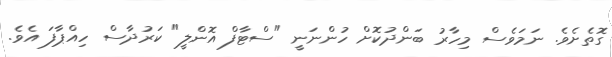
ގޮތެށެވެ. ނަމަވެސް މިހާރު ބަންދުކޮށް ހުންނަނީ "ސްޓާފް އޮންލީ" ކަރުދާސް ހިއްޕާފަ އެވެ.